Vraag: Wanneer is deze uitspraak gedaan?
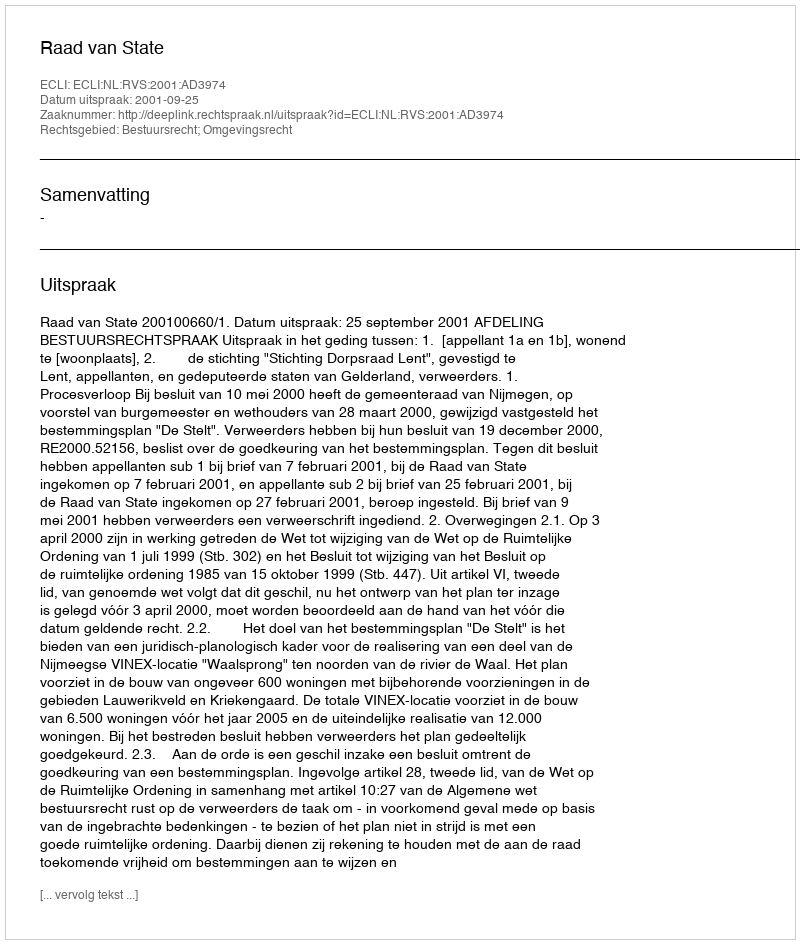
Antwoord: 2001-09-25